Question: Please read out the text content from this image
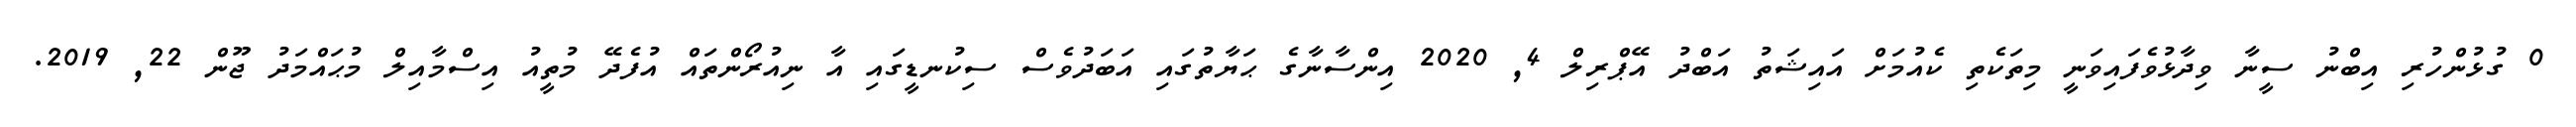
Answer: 0 ގުޅުންހުރި އިބްނު ސީނާ ވިދާޅުވެފައިވަނީ މިތަކެތި ކެއުމަށް އައިޝަތު އަބްދު އޭޕްރިލް 4, 2020 އިންސާނާގެ ޙަޔާތުގައި އަބަދުވެސް ސިކުނޑީގައި އާ ނިއުރޯންތައް އުފެދޭ މުތީއު އިސްމާއިލް މުޙައްމަދު ޖޫން 22, 2019.